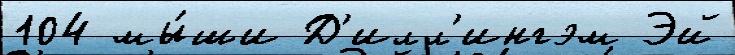
104 мы́ши Д'илл'ингэм Эй